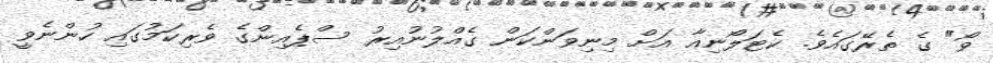
ވޯ" ގެ ތެރޭގައެވެ. ކެޓަލޯނިއާ އަށް މިނިވަންކަން ގެއްލުނުއިރު ސްޕެއިންގެ ވެރިކަމުގައި ހުންނެވީ